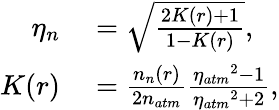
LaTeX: \begin{array}{rl}{\eta_{n}}&{{}=\sqrt{\frac{2K(r)+1}{1-K(r)}},}\\ {K(r)}&{{}=\frac{n_{n}(r)}{2n_{atm}}\frac{{\eta_{atm}}^{2}-1}{{\eta_{atm}}^{2}+2},}\end{array}